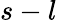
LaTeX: s-l